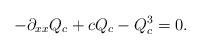
LaTeX: \begin{align*} -\partial_{xx}Q_c+cQ_c-Q_c^3=0.\end{align*}